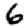
Digit: 6